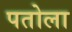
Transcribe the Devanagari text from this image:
पतोला